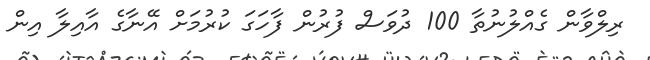
ރިލްވާން ގެއްލުނުތާ 100 ދުވަސް ފުރުން ފާހަގަ ކުރުމަށް އޭނާގެ އާއިލާ އިން